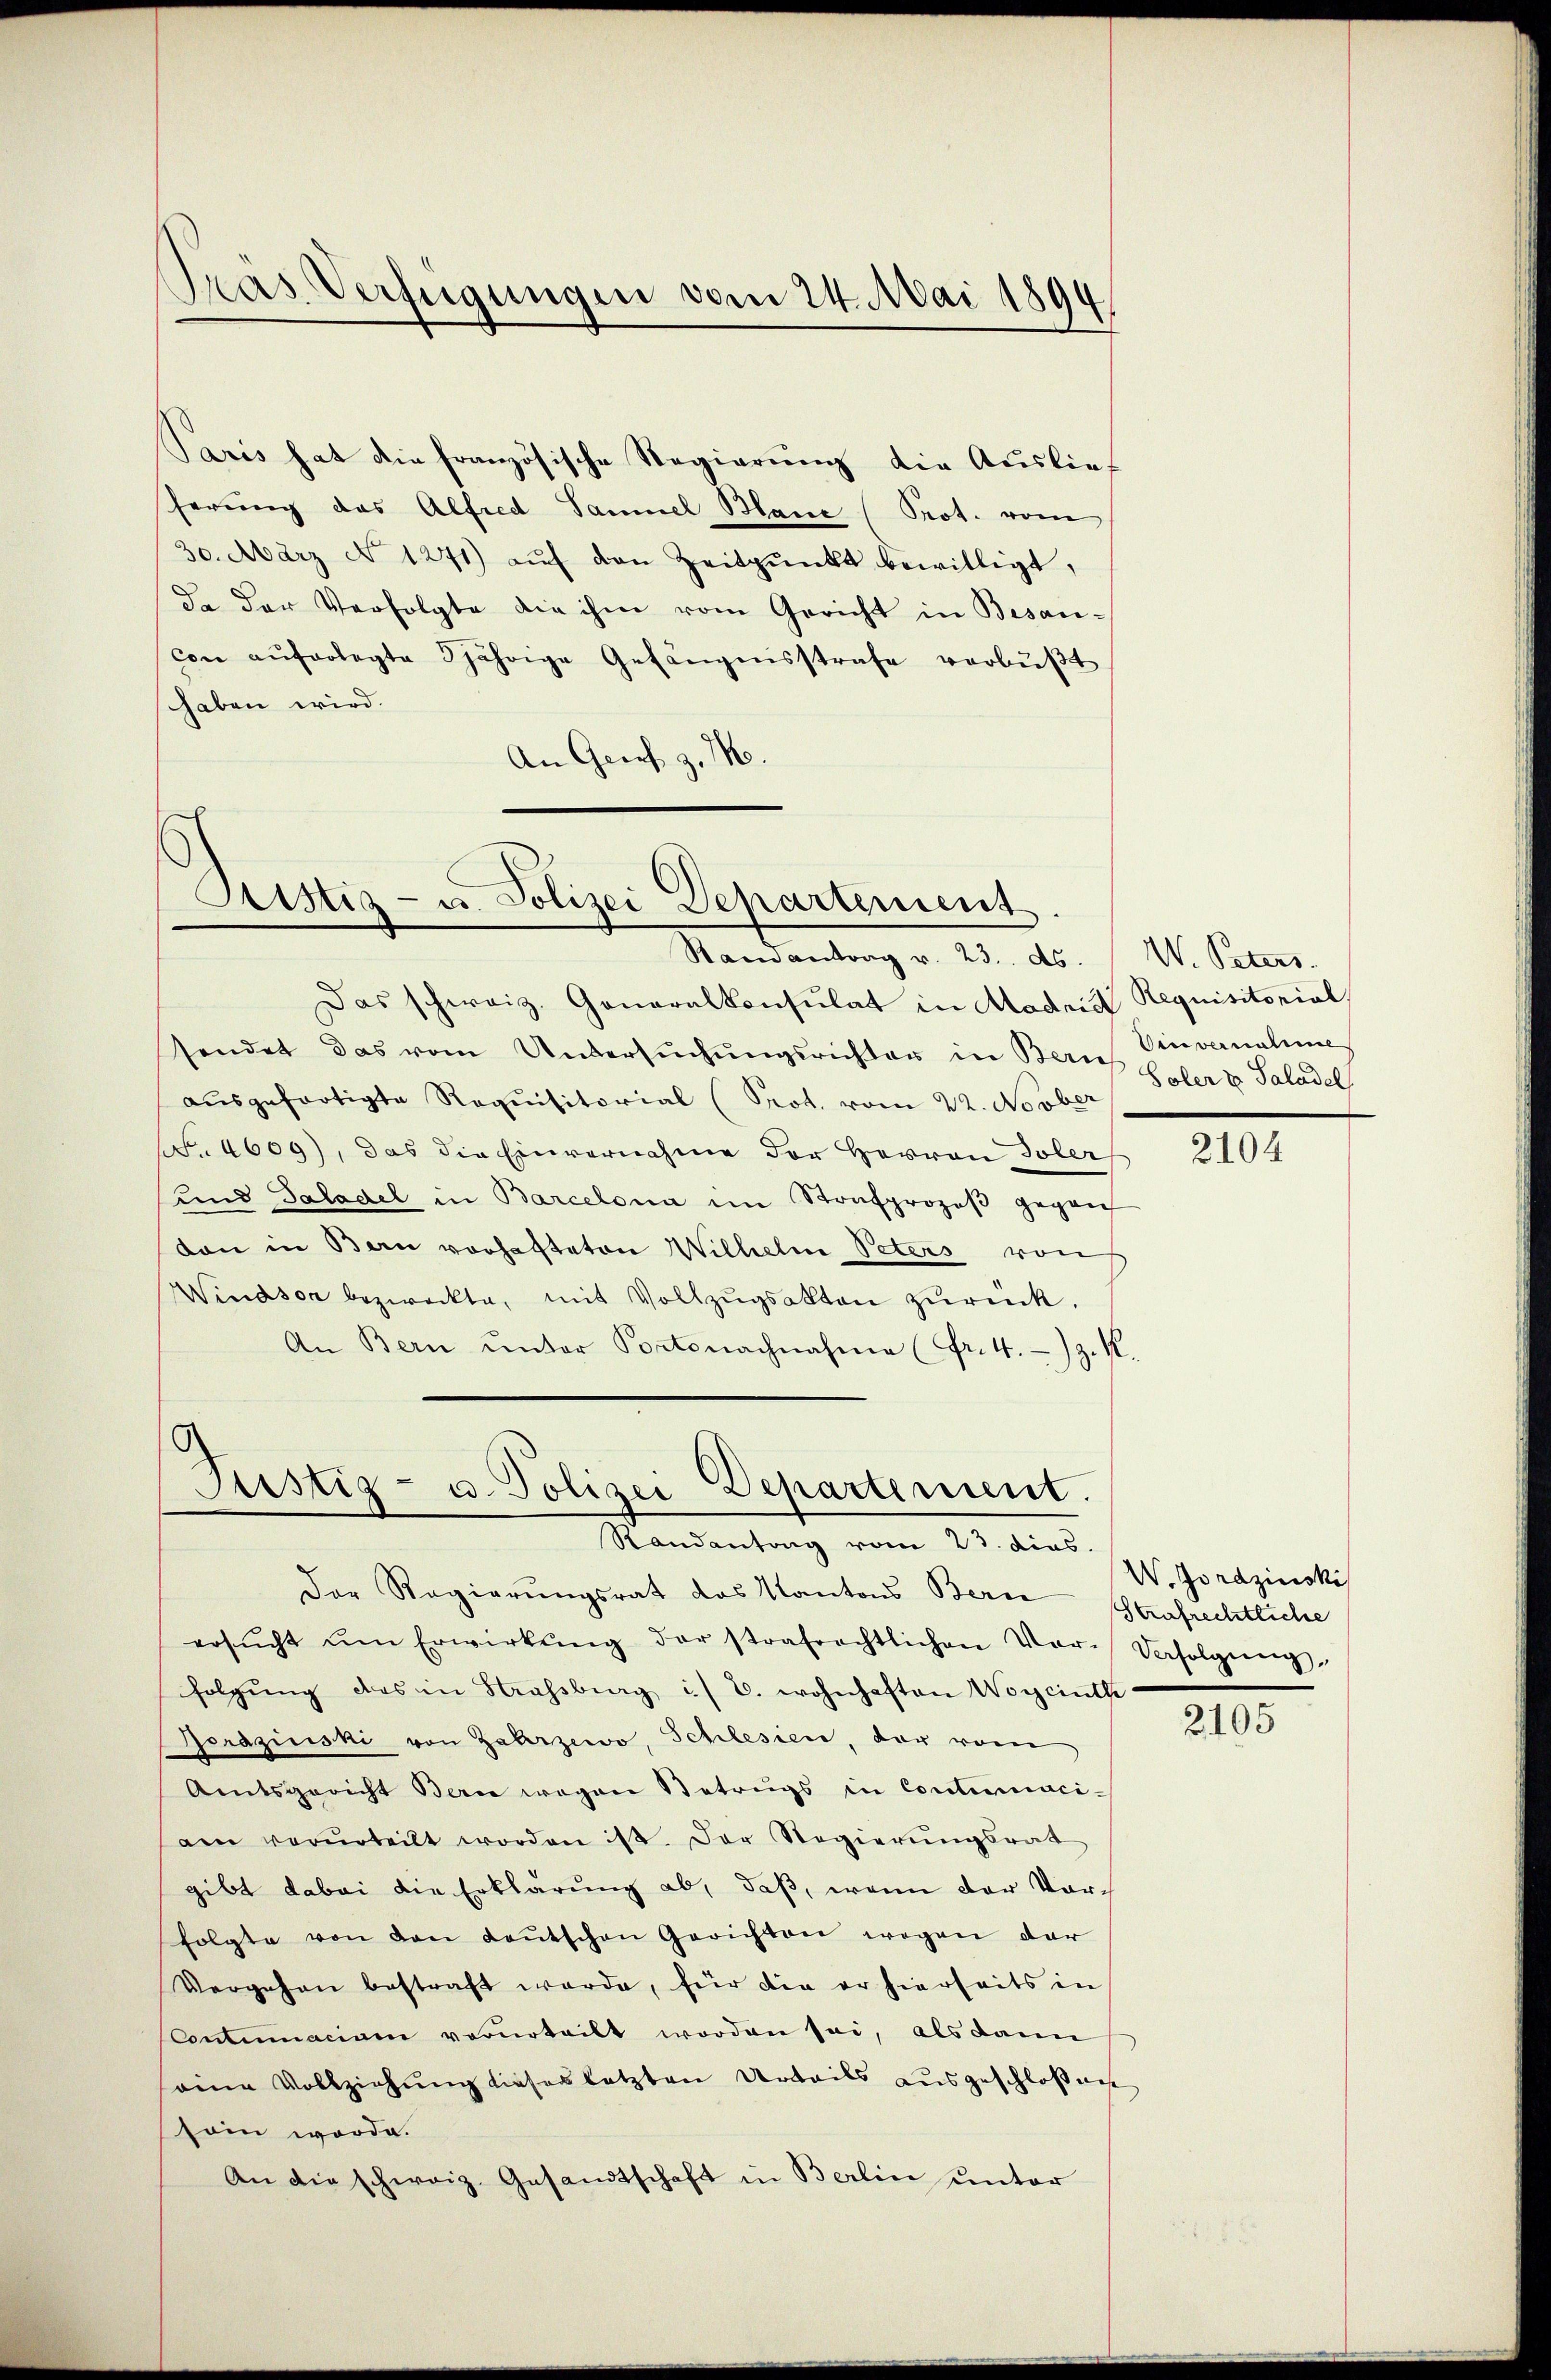
Tras Verfügungen vom 24. Mai 1894

Paris hat die französische Regierung die Auslief
herŭng das Alfred Samuel Blanc (Prot. vom
30. März No 1271) auf den Zeitpunkt bewilligt,
da der Verfolgte die ihm vom Gericht in Besancon aŭferlegte 5jährige Gefängnisstrafe verbŭβt
schaben wird.
An Gries z. Mo

Aistiz- u. Polizei Departement
Ramantrag v. 23. ds. W. Peters.

Das schweiz. Generalkonsulat in Madris Requisitorial,
sendet das vom Untersŭchŭngsrichter in Bern. Einvernahme
aŭsgefertigte Requisitorial (Prot. vom 22. Novber
F. 4609), das die Einvernahme der Herren Toler
und Saladel in Barcelona im Strafprozeβ gegen
dan in Bern vorhafteten Wilhelm Peters von
Windson bezweckte, mit Vollzŭgsakten zŭrück.
An Bern ŭnter Portsnachnahme (Fr. 4. z. K.

Justiz- u. Polizei Departement.
Randantung vom 23. dies

Der Regierungsrat das Kantons Berne Strafrechtliche
ersŭcht ŭm Erwirkŭng der strafrechtlichen Ver-Verfolgŭng
folgŭng des in Strassberg i. B. wohnhaften Worcinth
Jorazinski von Zahrzewo, Schlesien, der vom
Amtsgericht Bern wegen Betrugs in Continaciam verurteilt worden ist. Der Regierŭngsrat
gibt dabei die Erklärung ab, daß, wenn der Vorfolgte von den Leŭtschen Gerichten wegen dar
Vergehen bestraft werde, für die er hierseits in
Contumaciam verurteilt worden sei, als dann
eine Vollziehung dieses letzten Urteils ausgeschloßen
sein werde.
An die schweiz. Gesandtschaft in Berlin unter

Soler & Saladel

2104

W. Jordzinski

2105